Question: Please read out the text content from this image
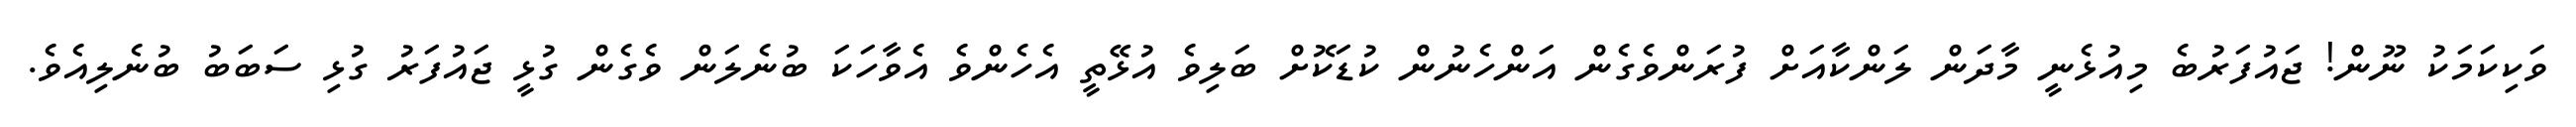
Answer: ވަކިކަމަކު ނޫން! ޖައުފަރުބެ މިއުޅެނީ މާދަން ލަންކާއަށް ފުރަންވެގެން އަންހެނުން ކުޑަކޮށް ބަލިވެ އުޅޭތީ އެހެންވެ އެވާހަކަ ބުނެލަން ވެގެން ގުޅީ ޖައުފަރު ގުޅި ސަބަބު ބުނެލިއެވެ.